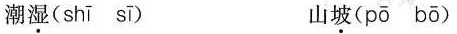
潮湿( shī sī )山坡( pō bō )